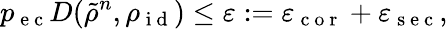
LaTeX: p_{\mathrm{~e~c~}}D(\tilde{\rho}^{n},\rho_{\mathrm{~i~d~}})\leq\varepsilon:=\varepsilon_{\mathrm{~c~o~r~}}+\varepsilon_{\mathrm{~s~e~c~}},